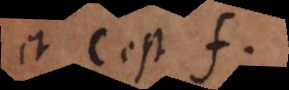
et c est f.